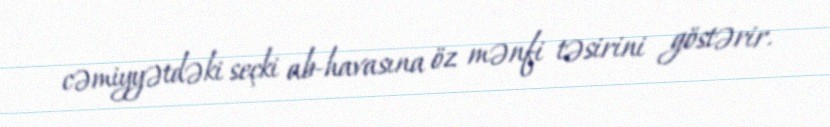
cəmiyyətdəki seçki ab-havasına öz mənfi təsirini göstərir.